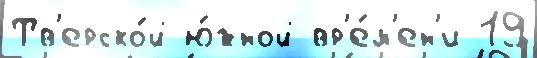
Тв'ерско́й ю́жной вр'е́м'ен'и 19